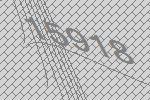
15918